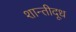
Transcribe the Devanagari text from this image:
शान्तीदूध